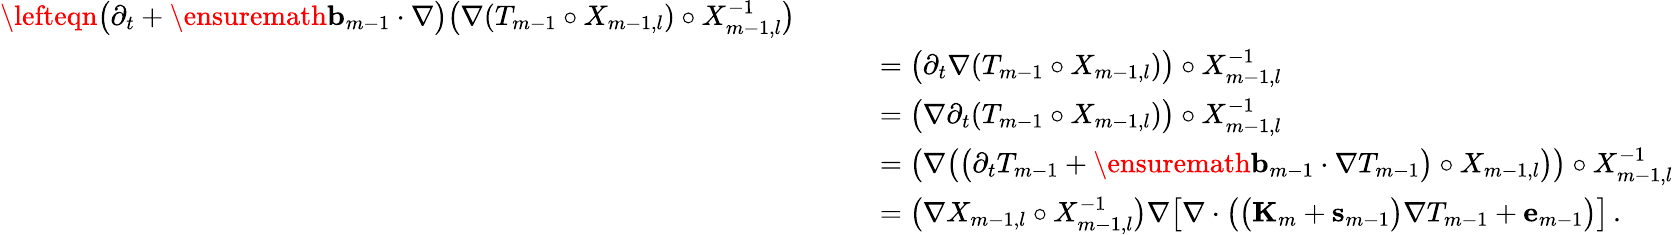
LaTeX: \begin{array}{rl}{\lefteqn{\bigl(\partial_{t}+\ensuremath{\mathbf{b}}_{m-1}\cdot\nabla\bigr)\bigl(\nabla(T_{m-1}\circ X_{m-1,l})\circ X_{m-1,l}^{-1}\bigr)}\qquad}&{}\\ &{=\bigl(\partial_{t}\nabla(T_{m-1}\circ X_{m-1,l})\bigr)\circ X_{m-1,l}^{-1}}\\ &{=\bigl(\nabla\partial_{t}(T_{m-1}\circ X_{m-1,l})\bigr)\circ X_{m-1,l}^{-1}}\\ &{=\bigl(\nabla\bigl(\bigl(\partial_{t}T_{m-1}+\ensuremath{\mathbf{b}}_{m-1}\cdot\nabla T_{m-1}\bigr)\circ X_{m-1,l}\bigr)\bigr)\circ X_{m-1,l}^{-1}}\\ &{=\bigl(\nabla X_{m-1,l}\circ X_{m-1,l}^{-1}\bigr)\nabla\bigl[\nabla\cdot\bigl(\bigl(\mathbf{K}_{m}+\mathbf{s}_{m-1}\bigr)\nabla T_{m-1}+\mathbf{e}_{m-1}\bigr)\bigr]\, .}\end{array}